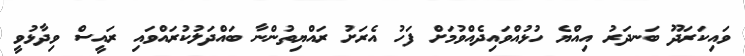
ވައިކަރަދޫ ބަނދަރު އިއްޔެ ހުޅުއްވައިދެއްވުމަށް ފަހު އެރަށު ރައްޔިތުންނާ ބައްދަލުކުރައްވައި ރައީސް ވިދާޅުވީ